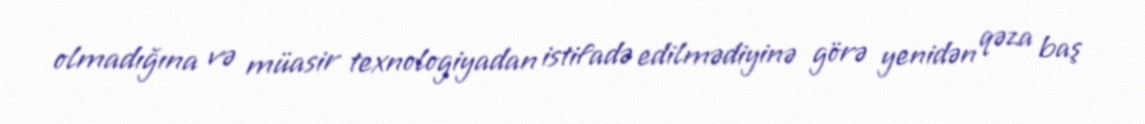
olmadığına və müasir texnologiyadan istifadə edilmədiyinə görə yenidən qəza baş